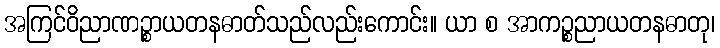
အကြင်ဝိညာဏဉ္စာယတနဓာတ်သည်လည်းကောင်း။ ယာ စ အာကဉ္စညာယတနဓာတု၊